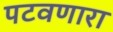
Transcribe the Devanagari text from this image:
पटवणारा